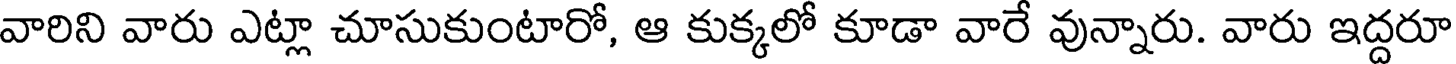
వారిని వారు ఎట్లా చూసుకుంటారో, ఆ కుక్కలో కూడా వారే వున్నారు. వారు ఇద్దరూ